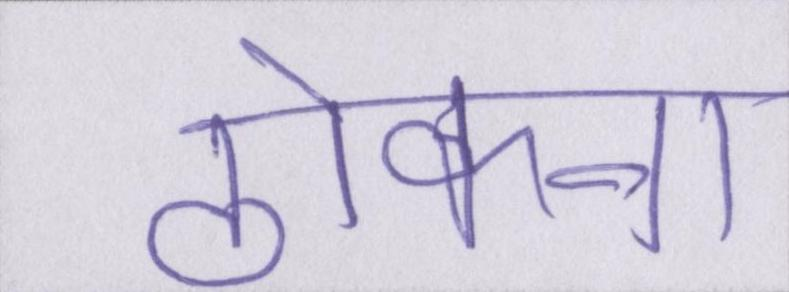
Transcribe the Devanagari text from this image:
ठोकना